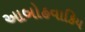
આબોહવાકિય